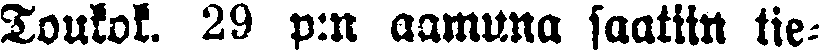
Toukok. 29 p:n aamuna saatiin tie-